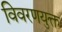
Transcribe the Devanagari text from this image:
विवरणयुक्त